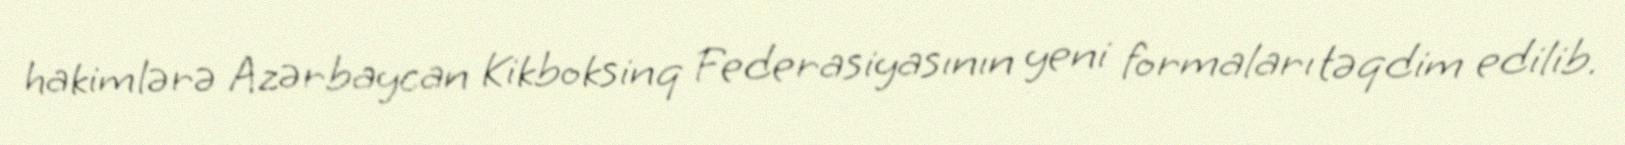
hakimlərə Azərbaycan Kikboksinq Federasiyasının yeni formaları təqdim edilib.